Vabadussoja_Ajaloo_Komitee, lk 92
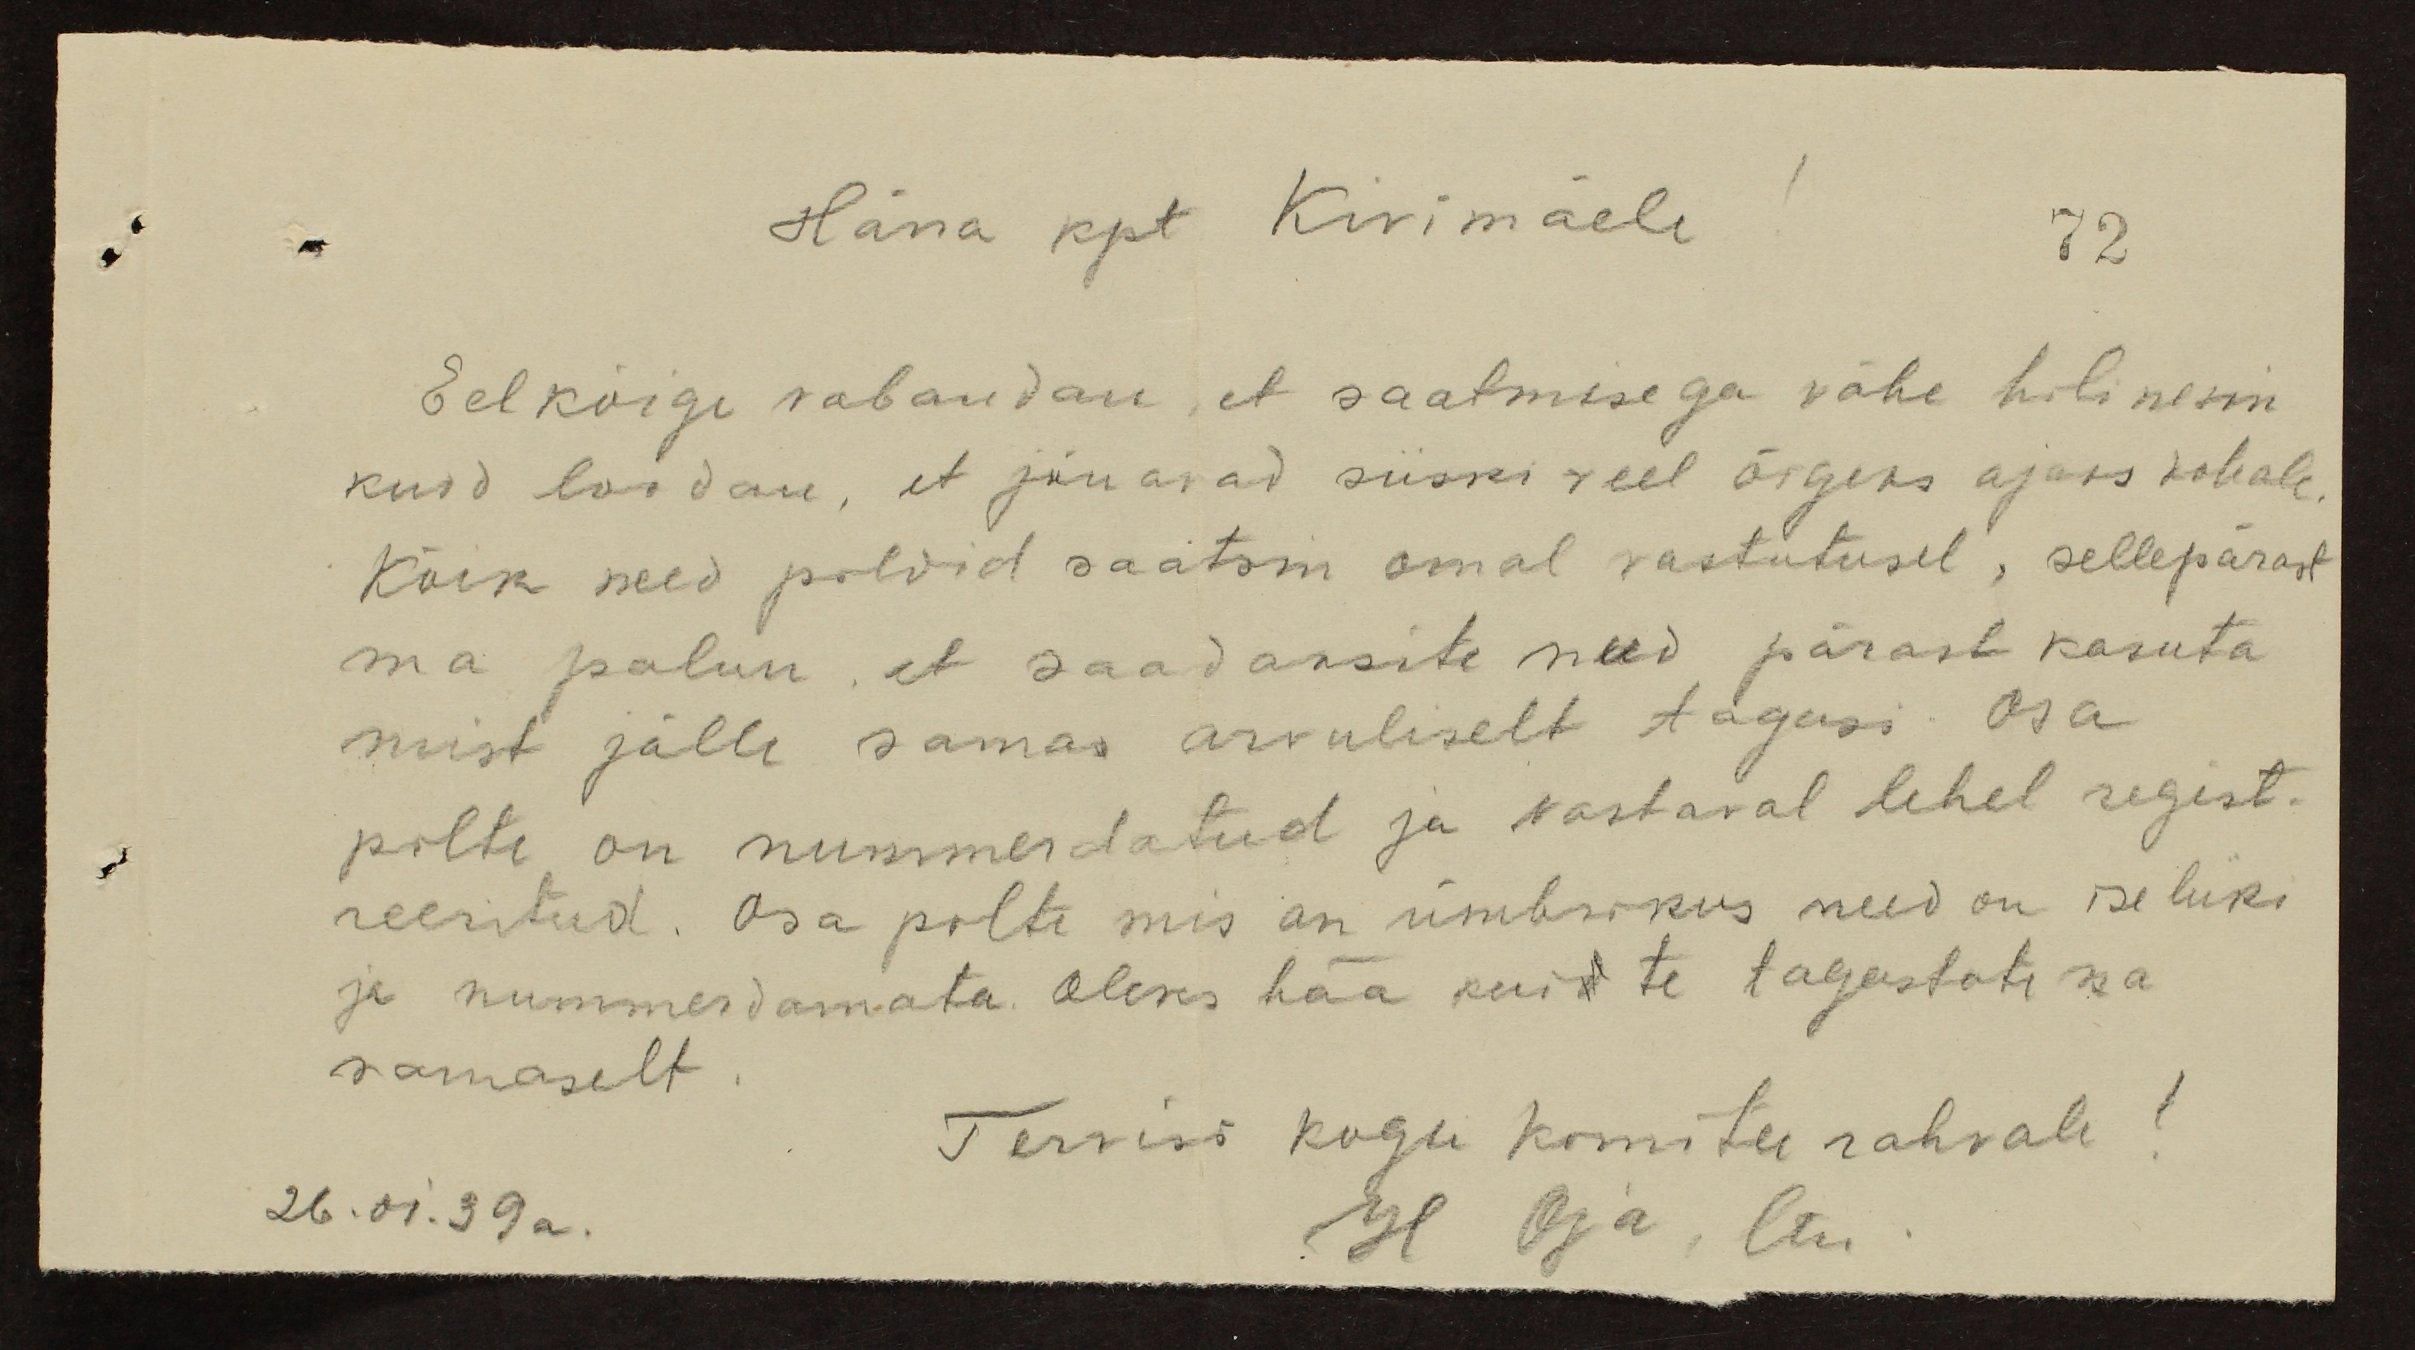
Härra kpt Kivimäele.
72
Eelkõige vabandan, et saatmisega vähe hilinesin
kuid loodan, et jõuavad siiski weel õigeks ajaks kohale
Kõik need pildid saatsin omal vastutusel, sellepärast
ma palun, et saadaksite need pärast kasuta-
mist jälle samas arvuliselt tagasi. Osa
pilte on nummerdatud ja vastaval lehel regist-
reeritud. Osa pilte mis on ümbrikus need on ise liiki
ja nummerdamata. Oleks hää kui te tagastate ka
sarnaselt.
Tervisi kogu komitee rahvale!
26.01.39a.
H Oja, ltn.